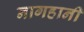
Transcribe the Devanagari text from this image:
नागहानी